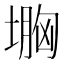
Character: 𡏠